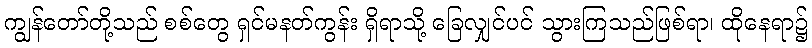
ကျွန်တော်တို့သည် စစ်တွေ ရှင်မနတ်ကွန်း ရှိရာသို့ ခြေလျှင်ပင် သွားကြသည်ဖြစ်ရာ၊ ထိုနေရာ၌